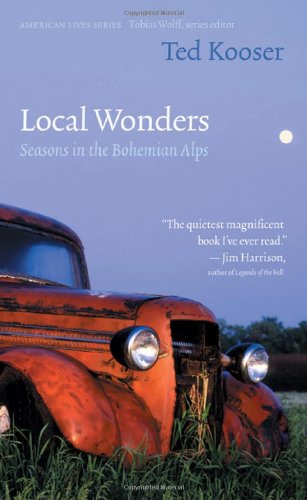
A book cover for Local Wonders: Seasons in the Bohemian Alps (American Lives); Ted Kooser; Travel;